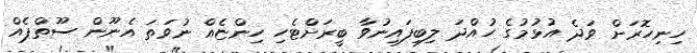
ހިނިހޮރަށް ވަދެ އުޅުމުގެ ހުއްދަ ލިބިފައިނުވާ ބީރަށްޓެހި ހިންޏެއް ނުވަތަ އެނޫން ސޫތްޕެއް